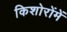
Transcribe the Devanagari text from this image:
किशोरोंमें